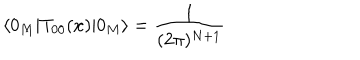
\langle 0 _ { M } | T _ { 0 0 } ( x ) | 0 _ { M } \rangle = \frac { 1 } { ( 2 \pi ) ^ { N + 1 } }